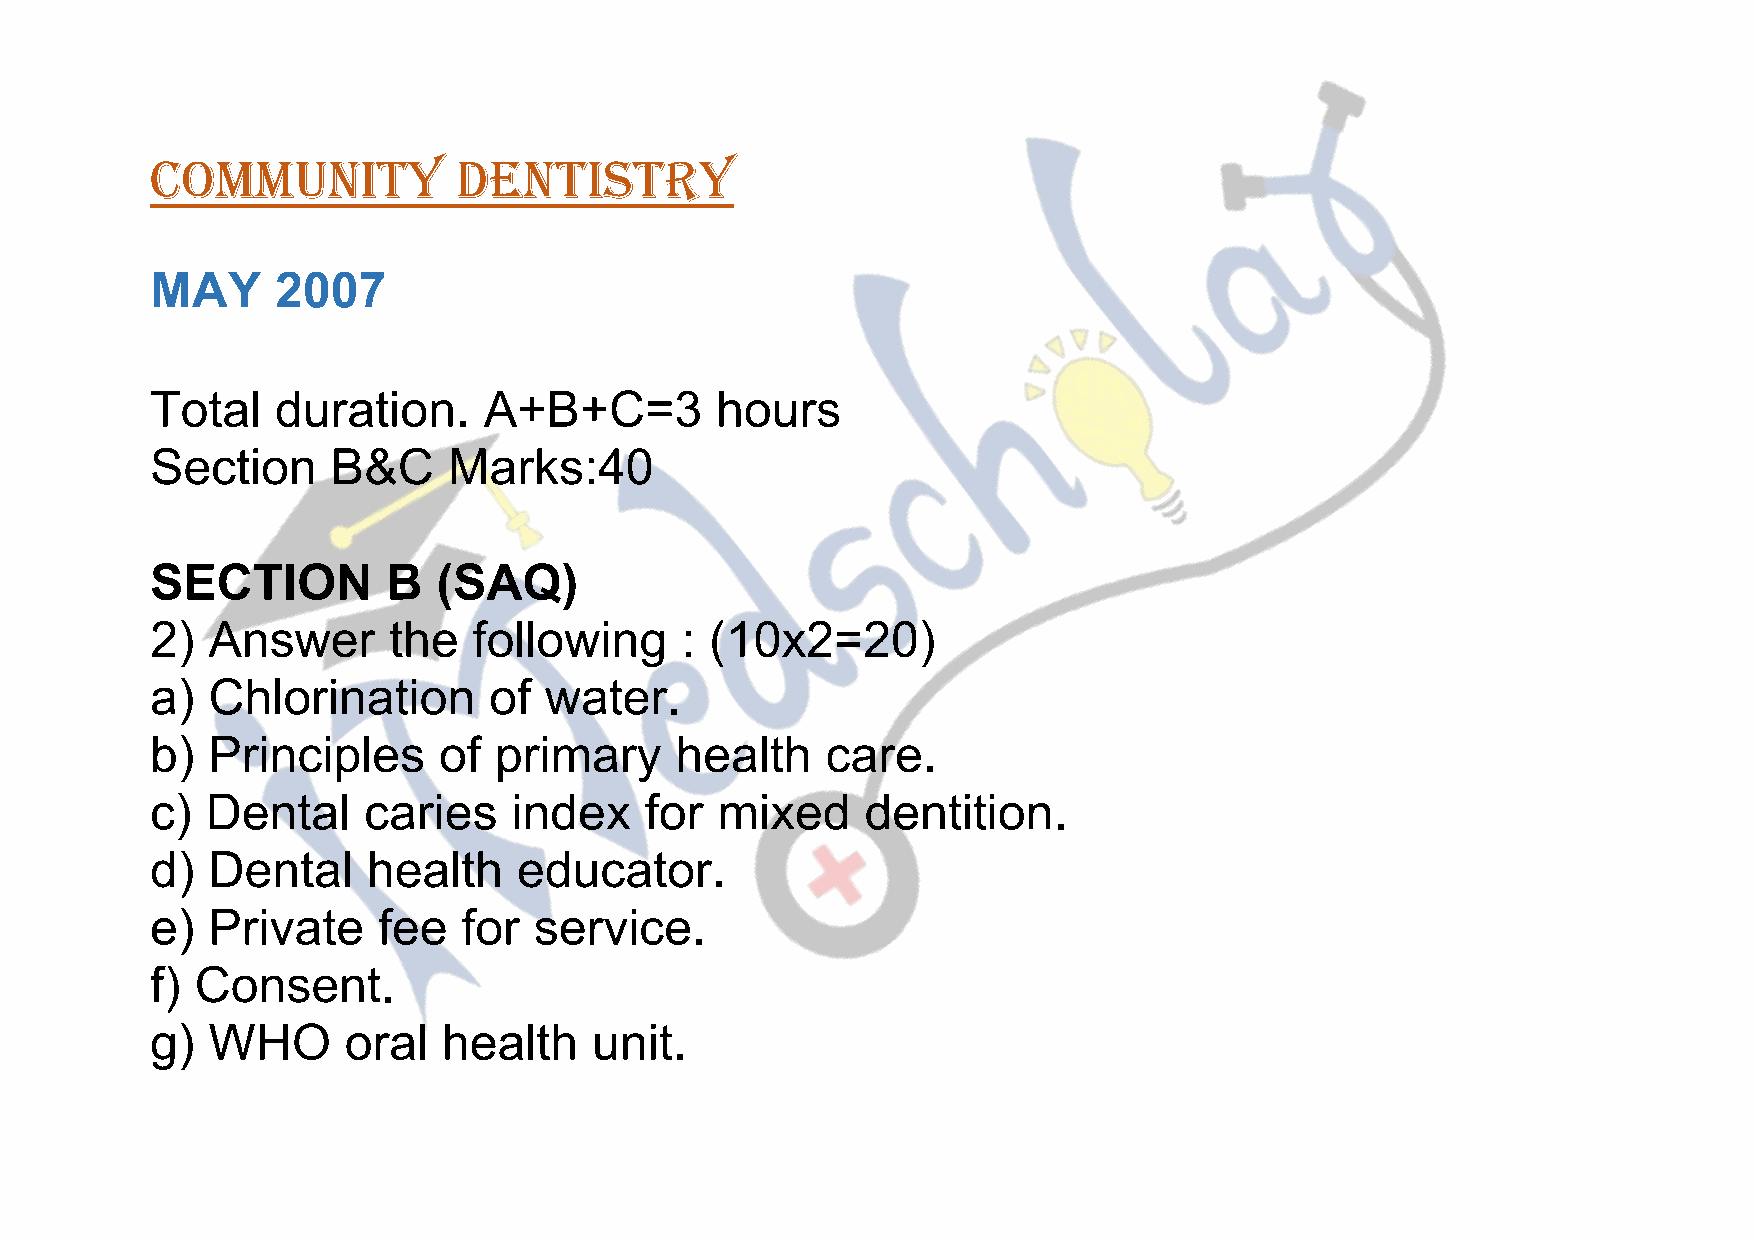
Community           dentistry
 MAY     2007
 Total   duration.     A+B+C=3        hours
 Section     B&C     Marks:40
 SECTION         B  (SAQ)
 2)  Answer      the  following     : (10x2=20)
 a)  Chlorination      of  water.
 b)  Principles     of  primary     health    care.
 c)  Dental    caries    index    for mixed     dentition.
 d)  Dental    health    educator.
 e)  Private    fee   for service.
 f) Consent.
 g)  WHO      oral  health    unit.